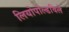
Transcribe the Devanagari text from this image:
लियोपोल्डविले